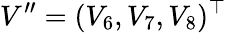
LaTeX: V^{\prime\prime}=(V_{6},V_{7},V_{8})^{\top}